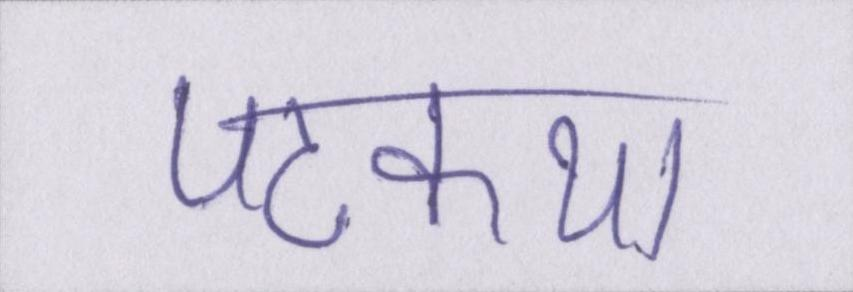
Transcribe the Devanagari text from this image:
पटकथा